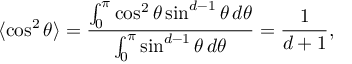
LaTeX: \langle \cos ^ { 2 } \theta \rangle = { \frac { \int _ { 0 } ^ { \pi } \cos ^ { 2 } \theta \sin ^ { d - 1 } \theta \, d \theta } { \int _ { 0 } ^ { \pi } \sin ^ { d - 1 } \theta \, d \theta } } = { \frac { 1 } { d + 1 } } ,